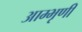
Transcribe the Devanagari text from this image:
आम्भृणी